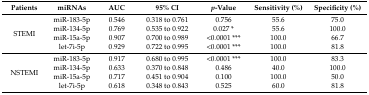
<table><thead><tr><td><b>Patients</b></td><td><b>miRNAs</b></td><td><b>AUC</b></td><td><b>95% CI</b></td><td><b><i>p</i>-Value</b></td><td><b>Sensitivity (%)</b></td><td><b>Specificity (%)</b></td></tr></thead><tbody><tr><td rowspan="4">STEMI</td><td>miR-183-5p</td><td>0.546</td><td>0.318 to 0.761</td><td>0.756</td><td>55.6</td><td>75.0</td></tr><tr><td>miR-134-5p</td><td>0.769</td><td>0.535 to 0.922</td><td>0.027 *</td><td>55.6</td><td>100.0</td></tr><tr><td>miR-15a-5p</td><td>0.907</td><td>0.700 to 0.989</td><td>&lt;0.0001 ***</td><td>100.0</td><td>66.7</td></tr><tr><td>let-7i-5p</td><td>0.929</td><td>0.722 to 0.995</td><td>&lt;0.0001 ***</td><td>100.0</td><td>81.8</td></tr><tr><td rowspan="4">NSTEMI</td><td>miR-183-5p</td><td>0.917</td><td>0.680 to 0.995</td><td>&lt;0.0001 ***</td><td>100.0</td><td>83.3</td></tr><tr><td>miR-134-5p</td><td>0.633</td><td>0.370 to 0.848</td><td>0.486</td><td>40.0</td><td>100.0</td></tr><tr><td>miR-15a-5p</td><td>0.717</td><td>0.451 to 0.904</td><td>0.100</td><td>100.0</td><td>50.0</td></tr><tr><td>let-7i-5p</td><td>0.618</td><td>0.348 to 0.843</td><td>0.525</td><td>60.0</td><td>81.8</td></tr></tbody></table>